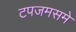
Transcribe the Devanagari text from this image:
टपजमसमे